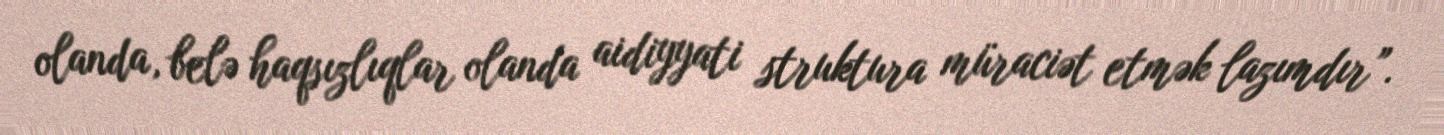
olanda, belə haqsızlıqlar olanda aidiyyati struktura müraciət etmək lazımdır”.